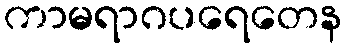
ကာမရာဂပရေတေန